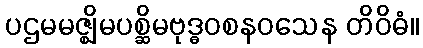
ပဌမမဇ္ဈိမပစ္ဆိမဗုဒ္ဓဝစနဝသေန တိဝိဓံ။